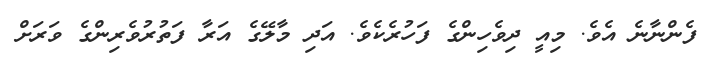
ފެންނާނެ އެވެ. މިއީ ދިވެހިންގެ ފަހުރެކެވެ. އަދި މާލޭގެ އަރާ ފަތުރުވެރިންގެ ވަރަށް